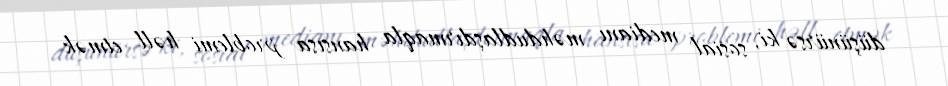
düşünürsə ki, sosial medianı məhdudlaşdırmaqla hansısa problemi həll etmək